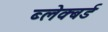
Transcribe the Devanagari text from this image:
ब्लेक्बर्ड